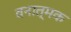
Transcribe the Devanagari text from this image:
वनात्मक